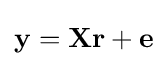
\mathbf {y} =\mathbf {Xr} +\mathbf {e}